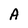
Character: A